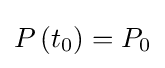
P\left(t_{0}\right)=P_{0}